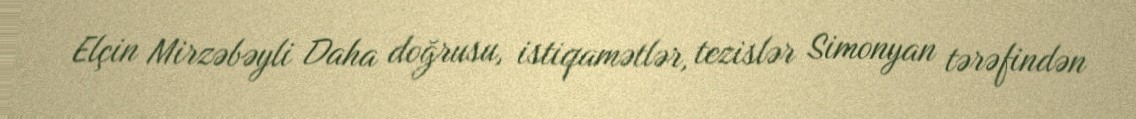
Elçin Mirzəbəyli Daha doğrusu, istiqamətlər, tezislər Simonyan tərəfindən